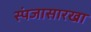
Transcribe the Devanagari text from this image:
स्पंजासारखा